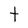
Character: t